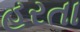
હરતા